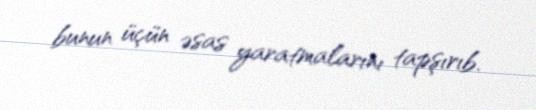
bunun üçün əsas yaratmalarını tapşırıb.